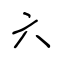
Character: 六